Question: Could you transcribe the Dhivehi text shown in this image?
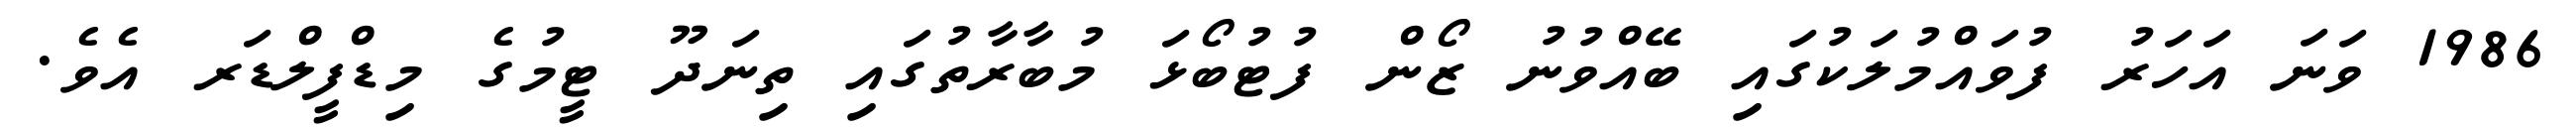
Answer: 1986 ވަނަ އަހަރު ފުވައްމުލަކުގައި ބޭއްވުނު ޒޯން ފުޓުބޯޅަ މުބާރާތުގައި ތިނަދޫ ޓީމުގެ މިޑްފީލްޑަރ އެވެ.